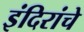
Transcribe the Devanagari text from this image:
इंदिरांचे